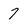
Character: 7